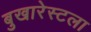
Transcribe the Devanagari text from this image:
बुखारेस्टला